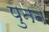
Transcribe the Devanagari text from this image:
पुनन